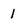
Character: l